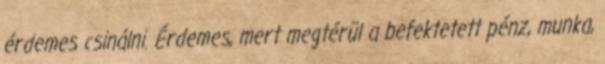
érdemes csinálni. Érdemes, mert megtérül a befektetett pénz, munka,